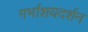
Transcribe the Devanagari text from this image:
गर्भाशयदर्शन